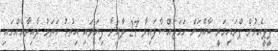
ޕީޕީއެމުން ޕްރައިމަރީ ބާއްވަން ހަމަޖައްސާފައިވާ 27 ދާއިރާ ފިޔަވައި އިތުރު ހަތަރު ދާއިރާއެއްގައި